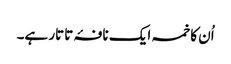
اُن کا خمسہ ایک نافۂ تاتار ہے۔